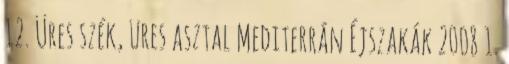
12. Üres szék, üres asztal Mediterrán Éjszakák 2008 1.